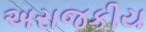
અરાજકીય